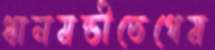
ধানমন্ডীতেগেম